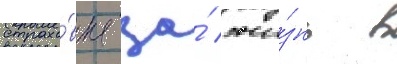
страхо́вка за́ жи́знь в